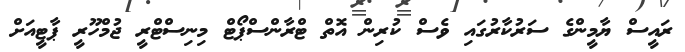
ރައީސް ޔާމީންގެ ސަރުކާރުގައި ވެސް ކުރިން އޮތް ޓްރާންސްޕޯޓް މިނިސްޓްރީ ޖުމްހޫރީ ޕާޓީއަށް